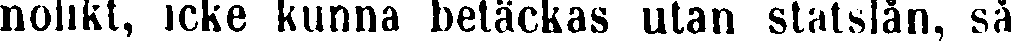
nolikt, icke kunna betäckas utan statslån, så